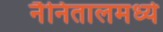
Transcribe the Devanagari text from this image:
नैनितालमध्ये